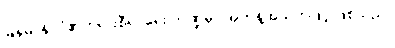
မြန်မာနိုင်ငံ၏တရားစီရင်ရေး ကဏ္ဍမှာ အကန့်အသတ်ဖြင့် ဖြစ်သည်။